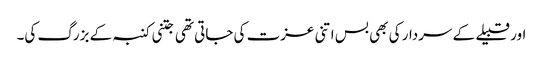
اور قبیلے کے سردار کی بھی بس اتنی عزت کی جاتی تھی جتنی کنبہ کے بزرگ کی۔